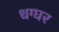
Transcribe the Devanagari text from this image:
धग्घर